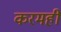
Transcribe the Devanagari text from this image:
करमहीं